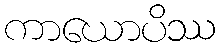
ကာယောပိဿ